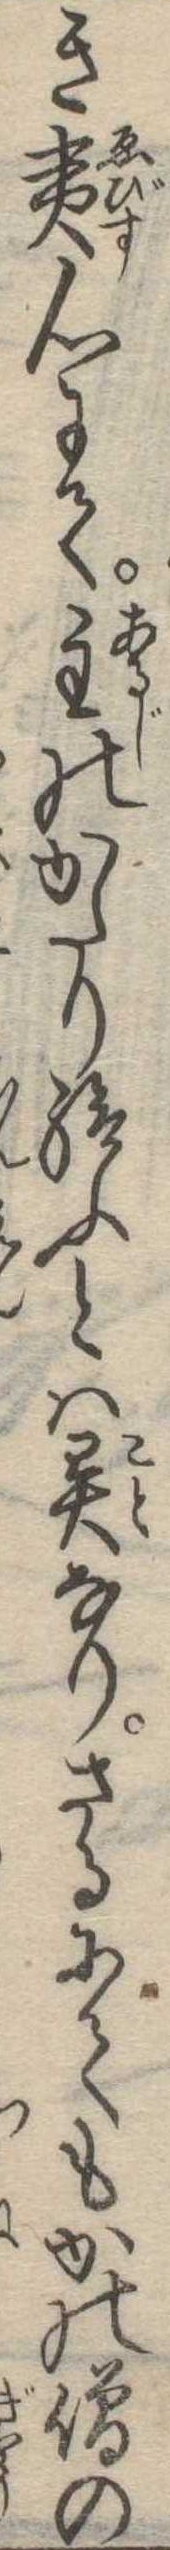
き夷心にて主のかたり給ふとは異なりさるにてもかの僧の